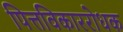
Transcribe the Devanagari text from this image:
पित्तविकाररोधक